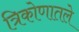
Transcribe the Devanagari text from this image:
त्रिकोणातले